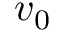
v _ { 0 }